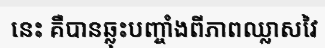
នេះ គឺបានឆ្លុះបញ្ចាំងពីភាពឈ្លាសវៃ